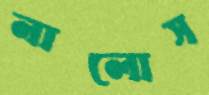
নালোস